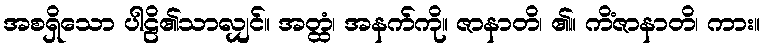
အစရှိသော ပါဠိ၏သာလျှင်။ အတ္ထံ၊ အနက်ကို။ ဇာနာတိ၊ ၏။ ကိံဇာနာတိ၊ ကား။